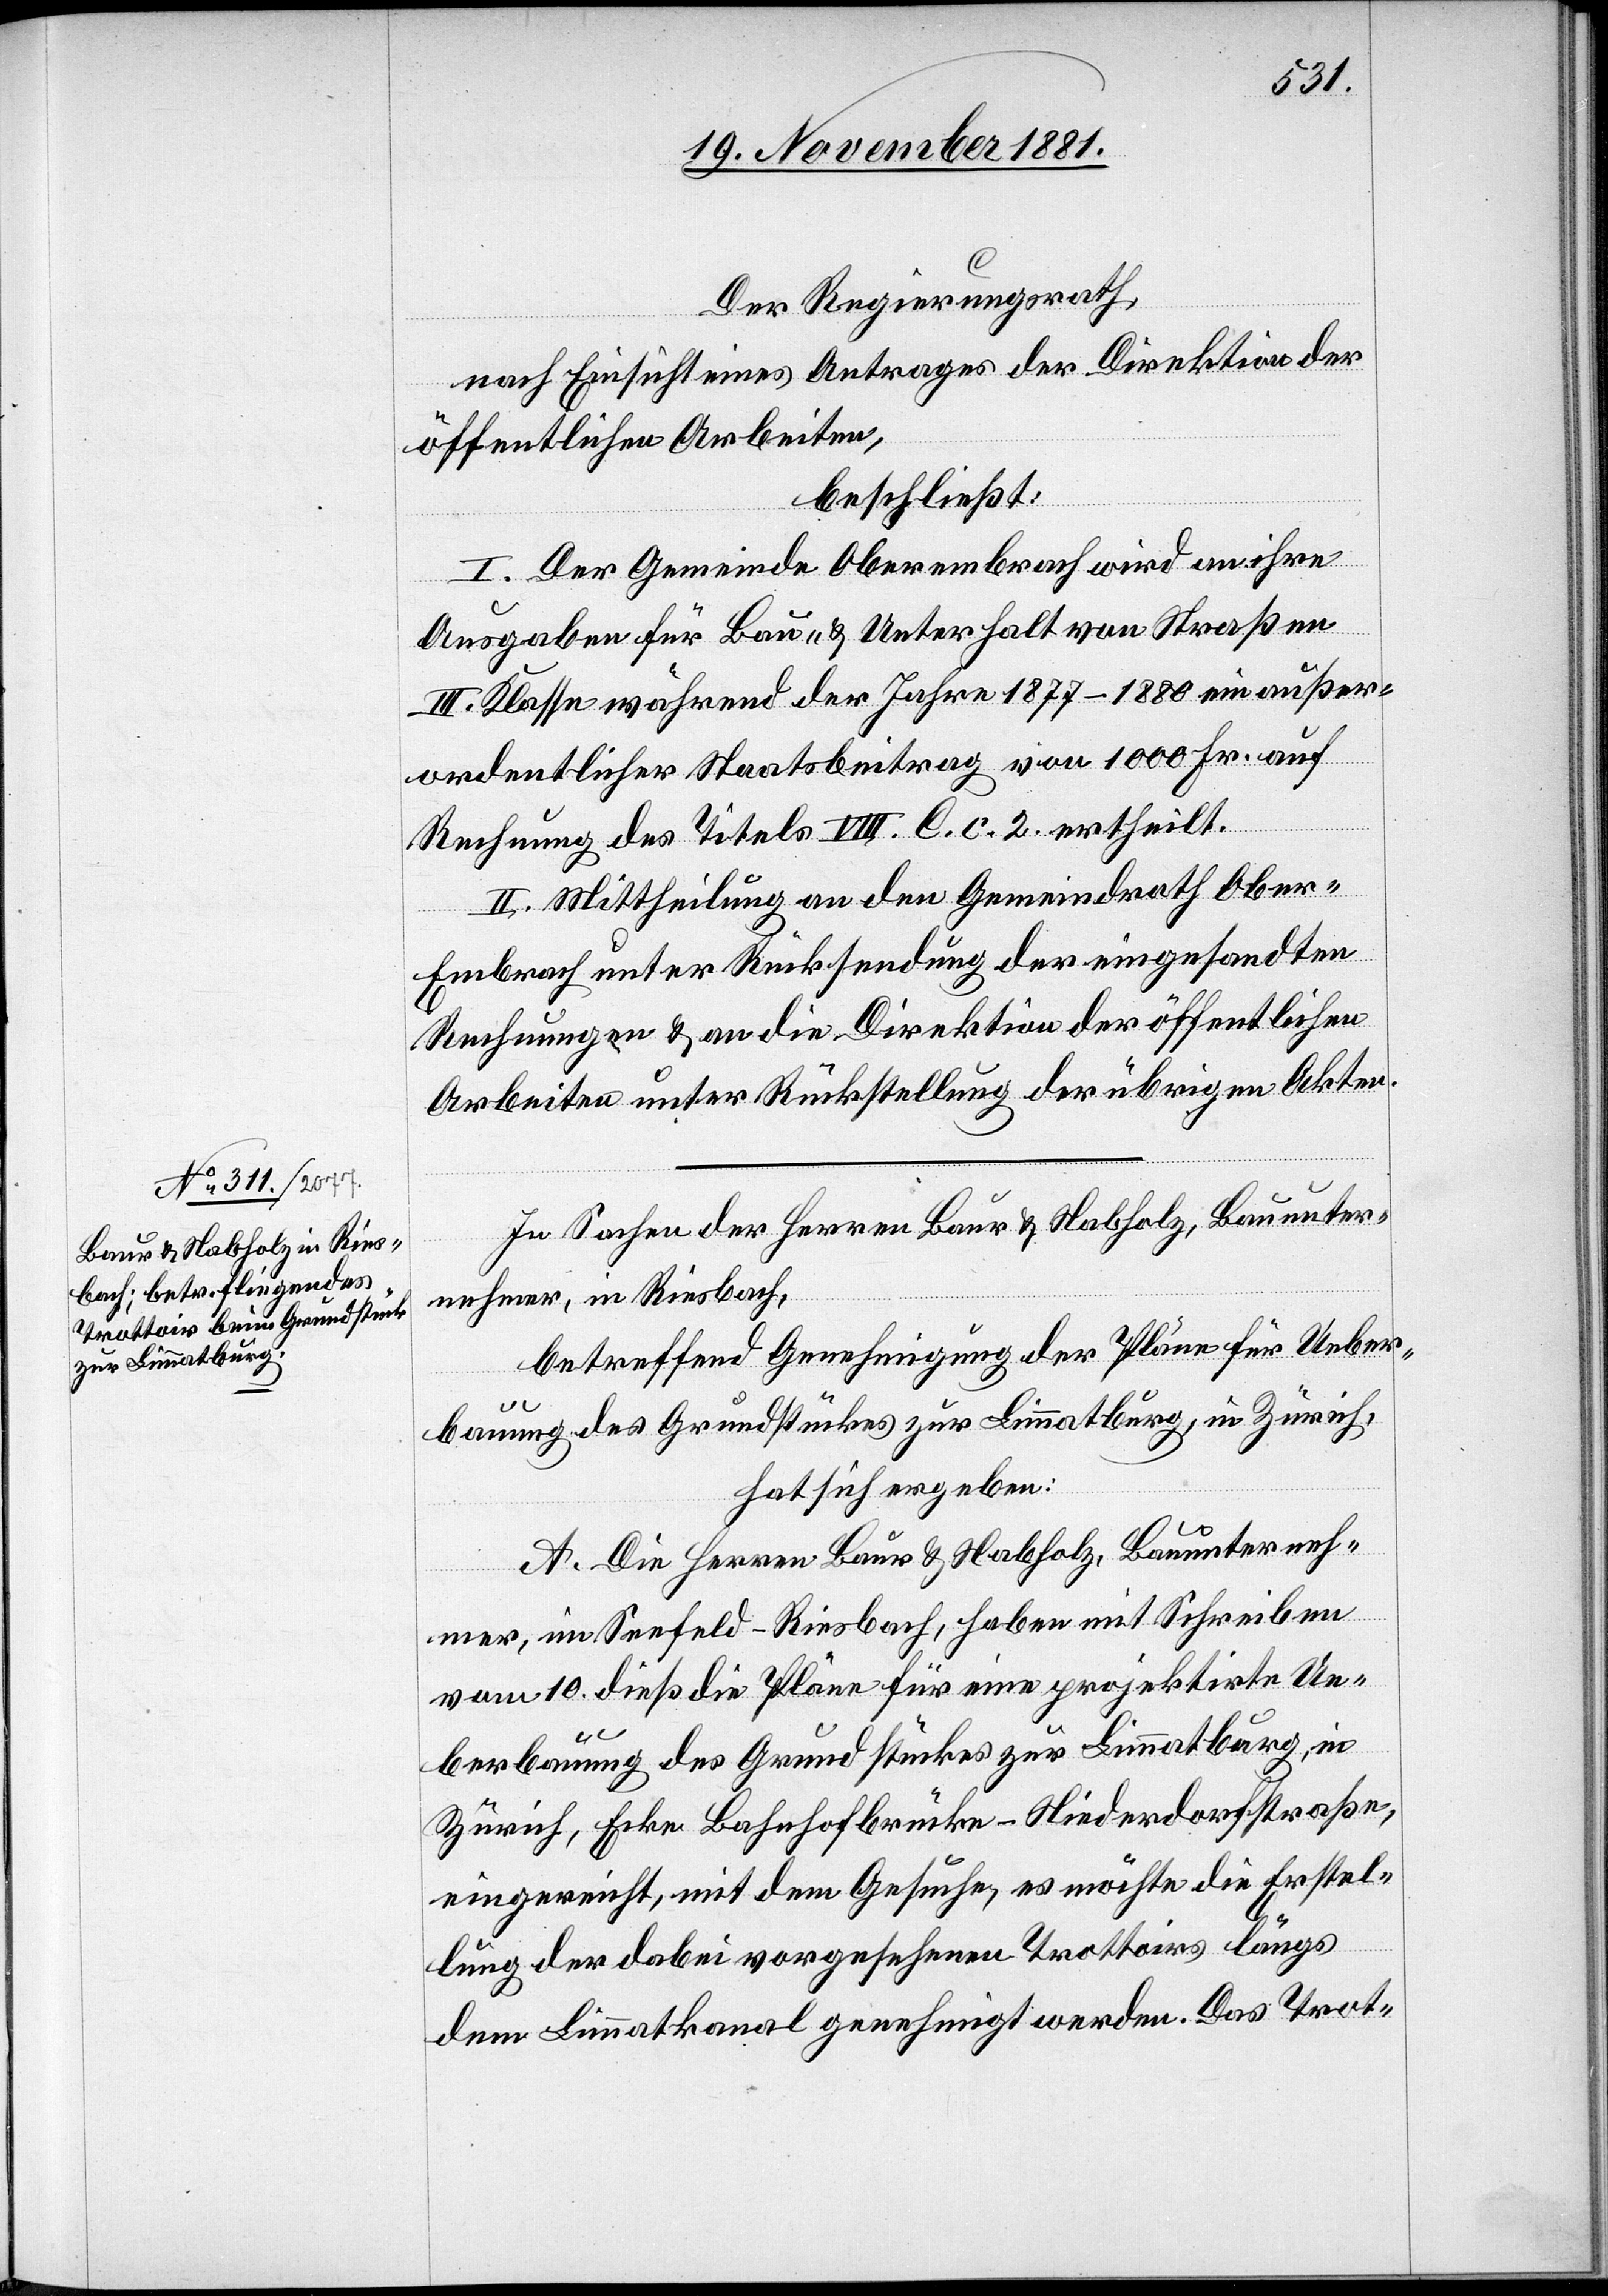
Der Regierungsrath,
nach Einsicht eines Antrages der Direktion der
öffentlichen Arbeiten,
beschließt:
I. Der Gemeinde Oberembrach wird an ihre
Ausgaben für Bau- & Unterhalt von Straßen
III. Klasse während der Jahre 1877–1880 ein außer¬
ordentlicher Staatsbeitrag von 1000 Fr. auf
Rechnung des Titels VIII. C. c. 2. ertheilt.
II. Mittheilung an den Gemeindrath Ober¬
embrach unter Rücksendung der eingesandten
Rechnungen & an die Direktion der öffentlichen
Arbeiten unter Rückstellung der übrigen Akten.
In Sachen der Herren Baur & Nabholz, Bauunter¬
nehmer, in Riesbach,
betreffend Genehmigung der Pläne für Ueber¬
bauung des Grundstückes zur Limmatburg, in Zürich,
hat sich ergeben:
A. Die Herren Baur & Nabholz, Bauunterneh¬
mer, im Seefeld-Riesbach, haben mit Schreiben
vom 10. dieß die Pläne für eine projektirte Ue¬
berbauung des Grundstückes zur Limmatburg, in
Zürich, Ecke Bahnhofbrücke-Niederdorfstraße,
eingereicht, mit dem Gesuche, es möchte die Erstel¬
lung der dabei vorgesehenen Trottoirs längs
dem Limmatkanal genehmigt werden. Das Trot-